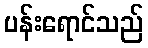
ပန်းရောင်သည်